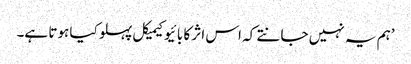
’ہم یہ نہیں جانتے کہ اس اثر کا بائیوکیمیکل پہلو کیا ہوتا ہے۔